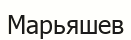
Марьяшев